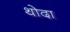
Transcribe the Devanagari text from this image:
थोदा